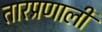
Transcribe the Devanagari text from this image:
तारप्रणाली